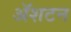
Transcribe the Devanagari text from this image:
ॲशटन